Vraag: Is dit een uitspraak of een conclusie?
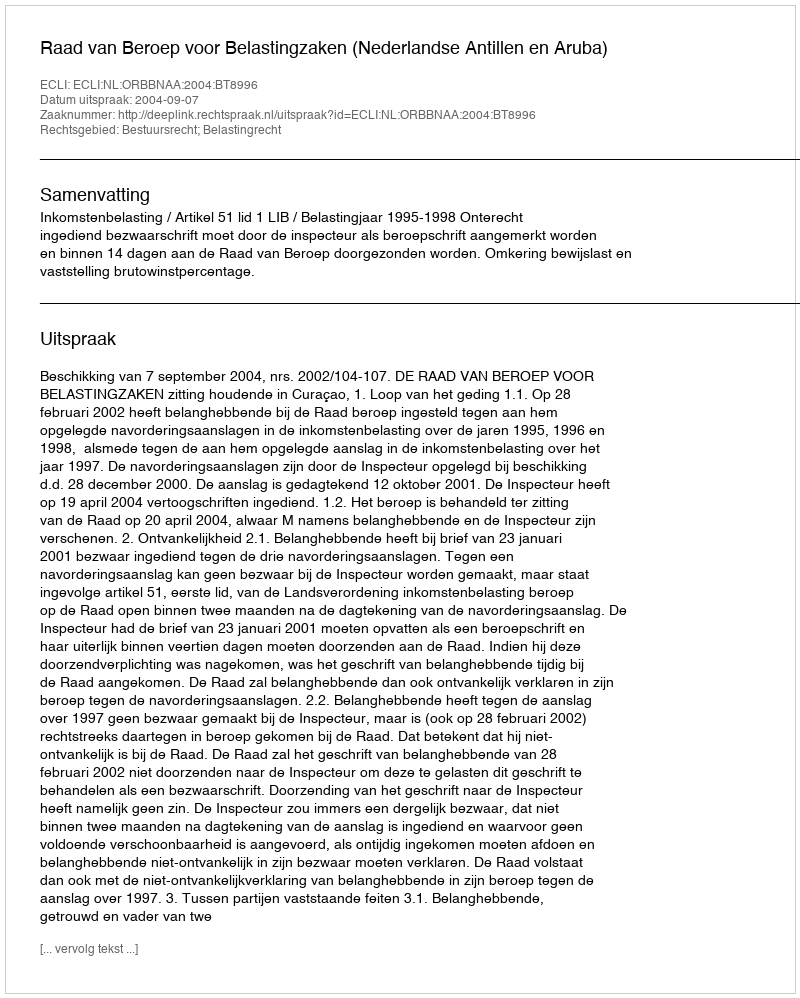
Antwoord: Uitspraak